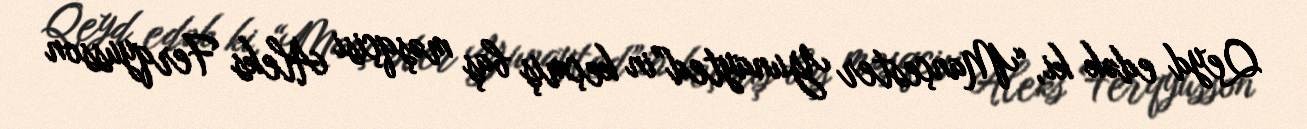
Qeyd edək ki, “Mançester Yunayted”in keçmiş baş məşqçisi Aleks Ferqyusson